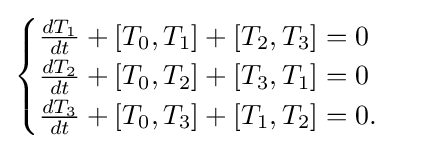
{\begin{cases}{\frac {dT_{1}}{dt}}+[T_{0},T_{1}]+[T_{2},T_{3}]=0\\{\frac {dT_{2}}{dt}}+[T_{0},T_{2}]+[T_{3},T_{1}]=0\\{\frac {dT_{3}}{dt}}+[T_{0},T_{3}]+[T_{1},T_{2}]=0.\end{cases}}